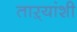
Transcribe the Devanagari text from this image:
ताऱ्यांशी